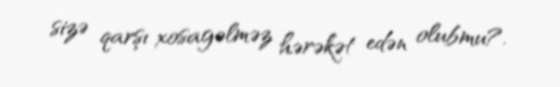
sizə qarşı xosagəlməz hərəkət edən olubmu?.